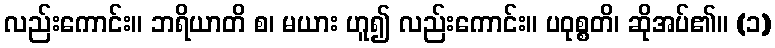
လည်းကောင်း။ ဘရိယာတိ စ၊ မယား ဟူ၍ လည်းကောင်း။ ပဝုစ္စတိ၊ ဆိုအပ်၏။ (၁)